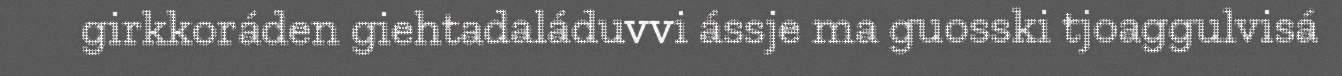
girkkoráden giehtadaláduvvi ássje ma guosski tjoaggulvisá